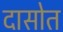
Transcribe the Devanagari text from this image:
दासोत